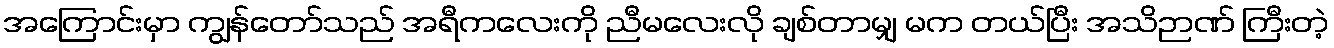
အကြောင်းမှာ ကျွန်တော်သည် အရီကလေးကို ညီမလေးလို ချစ်တာမျှ မက တယ်ပြီး အသိဉာဏ် ကြီးတဲ့